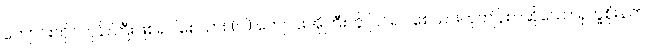
ကျောင်းထိုင်ဘုန်းကြီးဖြစ်ရပါစေသား (ဝါ) ကျောင်းအိုကြီးကို ပြင်ရပါစေသားဟုကျိန်စာဆိုသော ရုက္ခစိုးနတ်